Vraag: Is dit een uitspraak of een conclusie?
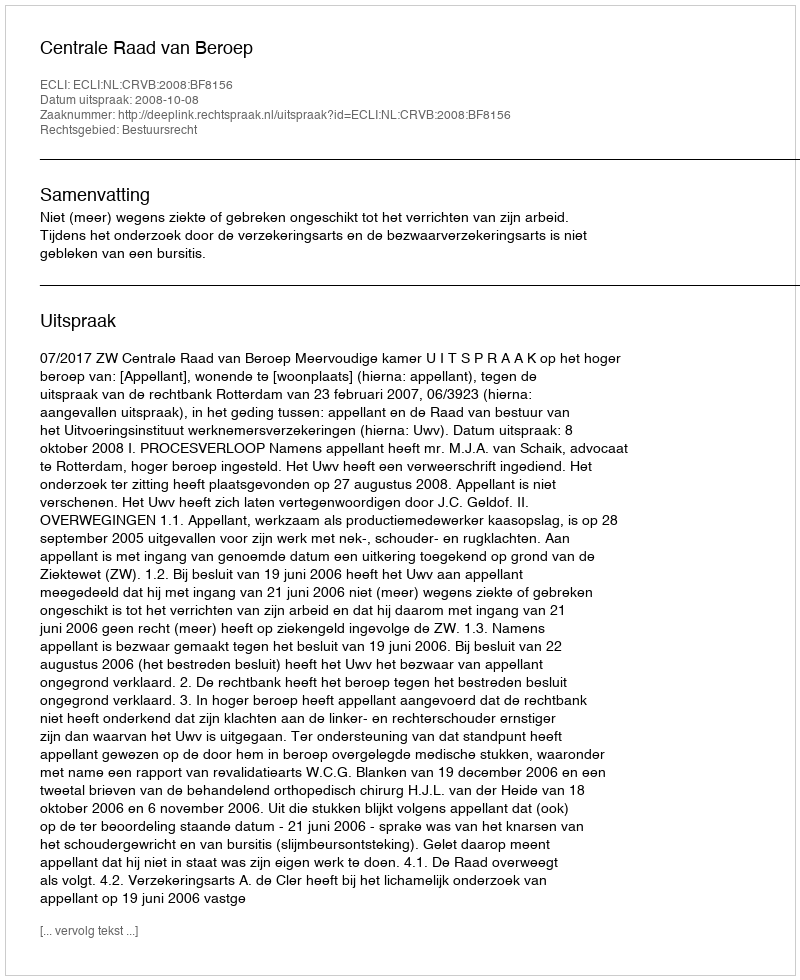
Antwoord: Uitspraak